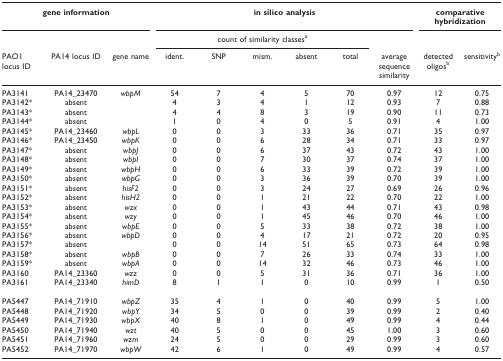
<table><thead><tr><td colspan="3"><b>gene information</b></td><td colspan="6"><b>in silico analysis</b></td><td colspan="2"><b>comparative hybridization</b></td></tr><tr><td></td><td></td><td></td><td colspan="5"><b>count of similarity classes<sup>a</sup></b></td><td></td><td></td><td></td></tr><tr><td><b>PAO1 locus ID</b></td><td><b>PA14 locus ID</b></td><td><b>gene name</b></td><td><b>ident.</b></td><td><b>SNP</b></td><td><b>mism.</b></td><td><b>absent</b></td><td><b>total</b></td><td><b>average sequence similarity</b></td><td><b>detected oligos<sup>b</sup></b></td><td><b>sensitivity<sup>b</sup></b></td></tr></thead><tbody><tr><td>PA3141</td><td>PA14_23470</td><td><i>wbpM</i></td><td>54</td><td>7</td><td>4</td><td>5</td><td>70</td><td>0.97</td><td>12</td><td>0.75</td></tr><tr><td>PA3142*</td><td>absent</td><td></td><td>4</td><td>3</td><td>4</td><td>1</td><td>12</td><td>0.93</td><td>7</td><td>0.88</td></tr><tr><td>PA3143*</td><td>absent</td><td></td><td>4</td><td>4</td><td>8</td><td>3</td><td>19</td><td>0.90</td><td>11</td><td>0.73</td></tr><tr><td>PA3144*</td><td>absent</td><td></td><td>1</td><td>0</td><td>4</td><td>0</td><td>5</td><td>0.91</td><td>4</td><td>1.00</td></tr><tr><td>PA3145*</td><td>PA14_23460</td><td><i>wbpL</i></td><td>0</td><td>0</td><td>3</td><td>33</td><td>36</td><td>0.71</td><td>35</td><td>0.97</td></tr><tr><td>PA3146*</td><td>PA14_23450</td><td><i>wbpK</i></td><td>0</td><td>0</td><td>6</td><td>28</td><td>34</td><td>0.71</td><td>33</td><td>0.97</td></tr><tr><td>PA3147*</td><td>absent</td><td><i>wbpJ</i></td><td>0</td><td>0</td><td>6</td><td>37</td><td>43</td><td>0.72</td><td>43</td><td>1.00</td></tr><tr><td>PA3148*</td><td>absent</td><td><i>wbpI</i></td><td>0</td><td>0</td><td>7</td><td>30</td><td>37</td><td>0.74</td><td>37</td><td>1.00</td></tr><tr><td>PA3149*</td><td>absent</td><td><i>wbpH</i></td><td>0</td><td>0</td><td>6</td><td>33</td><td>39</td><td>0.72</td><td>39</td><td>1.00</td></tr><tr><td>PA3150*</td><td>absent</td><td><i>wbpG</i></td><td>0</td><td>0</td><td>3</td><td>36</td><td>39</td><td>0.70</td><td>39</td><td>1.00</td></tr><tr><td>PA3151*</td><td>absent</td><td><i>hisF2</i></td><td>0</td><td>0</td><td>3</td><td>24</td><td>27</td><td>0.69</td><td>26</td><td>0.96</td></tr><tr><td>PA3152*</td><td>absent</td><td><i>hisH2</i></td><td>0</td><td>0</td><td>1</td><td>21</td><td>22</td><td>0.70</td><td>22</td><td>1.00</td></tr><tr><td>PA3153*</td><td>absent</td><td><i>wzx</i></td><td>0</td><td>0</td><td>1</td><td>43</td><td>44</td><td>0.71</td><td>43</td><td>0.98</td></tr><tr><td>PA3154*</td><td>absent</td><td><i>wzy</i></td><td>0</td><td>0</td><td>1</td><td>45</td><td>46</td><td>0.70</td><td>46</td><td>1.00</td></tr><tr><td>PA3155*</td><td>absent</td><td><i>wbpE</i></td><td>0</td><td>0</td><td>5</td><td>33</td><td>38</td><td>0.72</td><td>38</td><td>1.00</td></tr><tr><td>PA3156*</td><td>absent</td><td><i>wbpD</i></td><td>0</td><td>0</td><td>4</td><td>17</td><td>21</td><td>0.72</td><td>20</td><td>0.95</td></tr><tr><td>PA3157*</td><td>absent</td><td></td><td>0</td><td>0</td><td>14</td><td>51</td><td>65</td><td>0.73</td><td>64</td><td>0.98</td></tr><tr><td>PA3158*</td><td>absent</td><td><i>wbpB</i></td><td>0</td><td>0</td><td>7</td><td>26</td><td>33</td><td>0.74</td><td>33</td><td>1.00</td></tr><tr><td>PA3159*</td><td>absent</td><td><i>wbpA</i></td><td>0</td><td>0</td><td>14</td><td>32</td><td>46</td><td>0.73</td><td>46</td><td>1.00</td></tr><tr><td>PA3160</td><td>PA14_23360</td><td><i>wzz</i></td><td>0</td><td>0</td><td>5</td><td>31</td><td>36</td><td>0.71</td><td>36</td><td>1.00</td></tr><tr><td>PA3161</td><td>PA14_23340</td><td><i>himD</i></td><td>8</td><td>1</td><td>1</td><td>0</td><td>10</td><td>0.99</td><td>1</td><td>0.50</td></tr><tr><td>PA5447</td><td>PA14_71910</td><td><i>wbpZ</i></td><td>35</td><td>4</td><td>1</td><td>0</td><td>40</td><td>0.99</td><td>5</td><td>1.00</td></tr><tr><td>PA5448</td><td>PA14_71920</td><td><i>wbpY</i></td><td>34</td><td>5</td><td>0</td><td>0</td><td>39</td><td>0.99</td><td>2</td><td>0.40</td></tr><tr><td>PA5449</td><td>PA14_71930</td><td><i>wbpX</i></td><td>40</td><td>8</td><td>1</td><td>0</td><td>49</td><td>0.99</td><td>4</td><td>0.44</td></tr><tr><td>PA5450</td><td>PA14_71940</td><td><i>wzt</i></td><td>40</td><td>5</td><td>0</td><td>0</td><td>45</td><td>1.00</td><td>3</td><td>0.60</td></tr><tr><td>PA5451</td><td>PA14_71960</td><td><i>wzm</i></td><td>24</td><td>5</td><td>0</td><td>0</td><td>29</td><td>0.99</td><td>3</td><td>0.60</td></tr><tr><td>PA5452</td><td>PA14_71970</td><td><i>wbpW</i></td><td>42</td><td>6</td><td>1</td><td>0</td><td>49</td><td>0.99</td><td>4</td><td>0.57</td></tr></tbody></table>